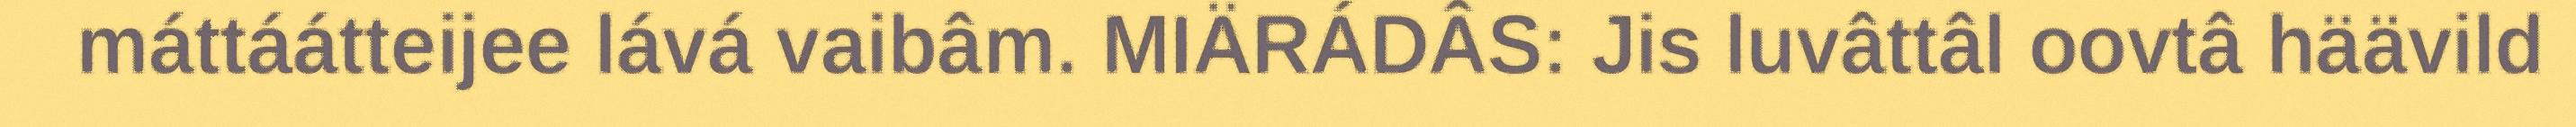
máttáátteijee lává vaibâm. MIÄRÁDÂS: Jis luvâttâl oovtâ häävild